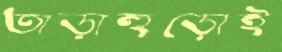
তাড়াহুড়োই